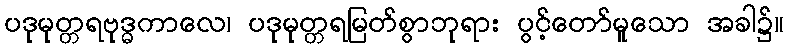
ပဒုမုတ္တရဗုဒ္ဓကာလေ၊ ပဒုမုတ္တရမြတ်စွာဘုရား ပွင့်တော်မူသော အခါ၌။